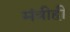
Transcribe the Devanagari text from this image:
मंत्रीही